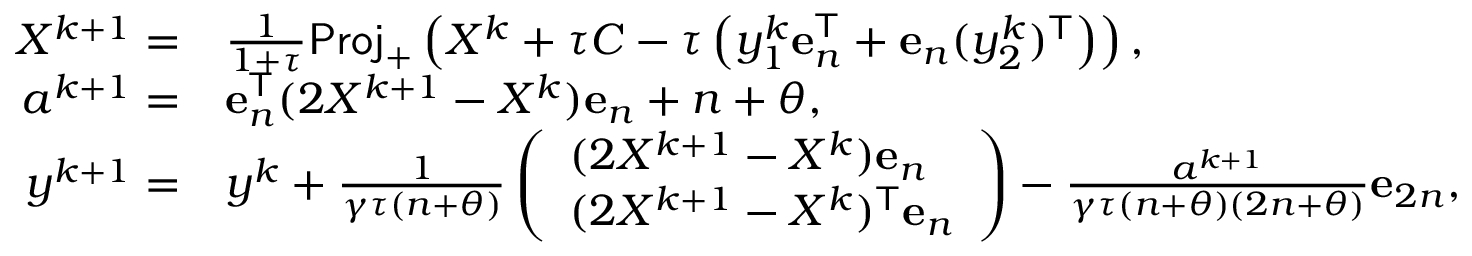
\begin{array} { r l } { X ^ { k + 1 } = } & { \frac { 1 } { 1 + \tau } \mathsf { P r o j } _ { + } \left( X ^ { k } + \tau C - \tau \left( y _ { 1 } ^ { k } \mathbf { e } _ { n } ^ { \mathsf { T } } + \mathbf { e } _ { n } ( y _ { 2 } ^ { k } ) ^ { \mathsf { T } } \right) \right) , } \\ { a ^ { k + 1 } = } & { \mathbf { e } _ { n } ^ { \mathsf { T } } ( 2 X ^ { k + 1 } - X ^ { k } ) \mathbf { e } _ { n } + n + \theta , } \\ { y ^ { k + 1 } = } & { y ^ { k } + \frac { 1 } { \gamma \tau ( n + \theta ) } \left( \begin{array} { l } { ( 2 X ^ { k + 1 } - X ^ { k } ) \mathbf { e } _ { n } } \\ { ( 2 X ^ { k + 1 } - X ^ { k } ) ^ { \mathsf { T } } \mathbf { e } _ { n } } \end{array} \right) - \frac { a ^ { k + 1 } } { \gamma \tau ( n + \theta ) ( 2 n + \theta ) } \mathbf { e } _ { 2 n } , } \end{array}